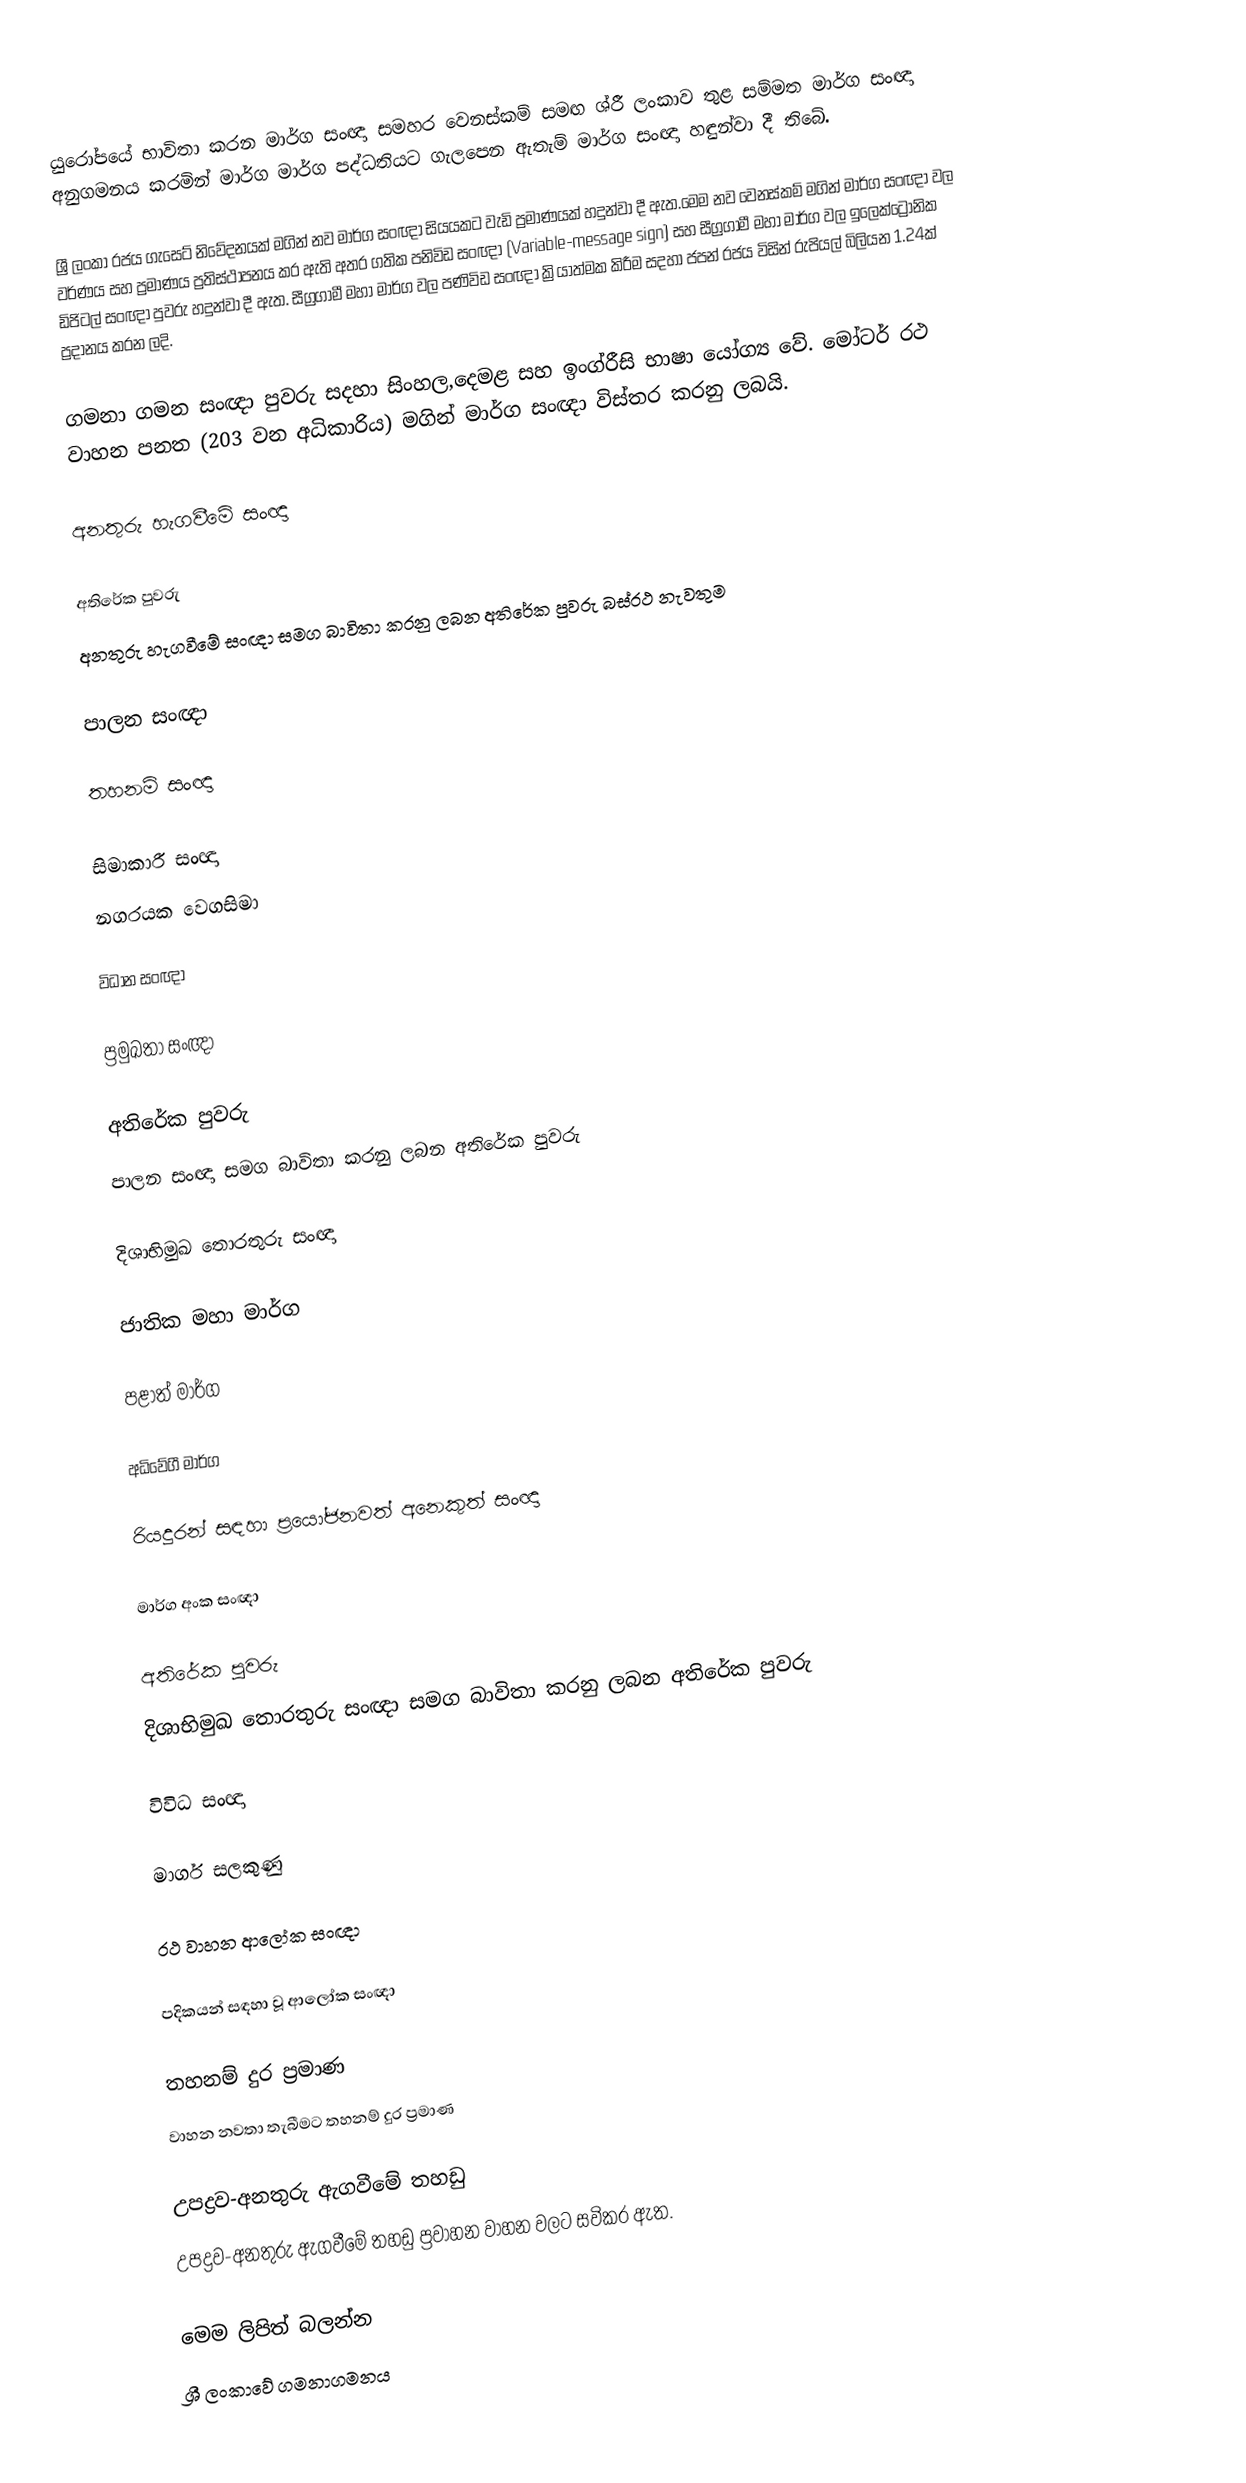
යුරෝපයේ භාවිතා කරන මාර්ග සංඥා සමහර වෙනස්කම් සමඟ ශ්රී ලංකාව තුළ සම්මත මාර්ග සංඥා අනුගමනය කරමින් මාර්ග මාර්ග පද්ධතියට ගැලපෙන ඇතැම් මාර්ග සංඥා හඳුන්වා දී තිබේ.

ශ්‍රී ලංකා රජය ගැසෙට් නිවේදනයක් මගින් නව මාර්ග සංඥා සියයකට වැඩි ප්‍රමාණයක් හදුන්වා දී ඇත.මෙම නව වෙනස්කම් මගින් මාර්ග සංඥා වල වර්ණය සහ ප්‍රමාණය ප්‍රතිස්ථාපනය කර ඇති අතර ගතික පනිවිඩ සංඥා (Variable-message sign) සහ සීග්‍රගාමී මහා මාර්ග වල ඉලෙක්ට්‍රොනික ඩිජිටල් සංඥා පුවරු  හදුන්වා දී ඇත. සීග්‍රගාමී මහා මාර්ග වල පණිවිඩ සංඥා ක්‍රියාත්මක කිරීම සදහා ජපන් රජය  විසින් රුපියල් බිලියන 1.24ක් ප්‍රදානය කරන ලදි.

ගමනා ගමන සංඥා පුවරු සදහා සිංහල,දෙමළ සහ ඉංග්රීසි  භාෂා යෝග්‍ය වේ. මෝටර් රථ වාහන පනත (203 වන අධිකාරිය) මගින් මාර්ග සංඥා විස්තර කරනු ලබයි.

අනතුරු හැගවීමේ සංඥා

අතිරේක පුවරු
අනතුරු හැගවීමේ සංඥා සමග බාවිතා කරනු ලබන අතිරේක පුවරු බස්රථ නැවතුම

පාලන සංඥා

තහනම් සංඥා

සිමාකාරී සංඥා
නගරයක වෙගසිමා

විධාන සංඥා

ප්‍රමුඛතා සංඥා

අතිරේක පුවරු
පාලන සංඥා සමග බාවිතා කරනු ලබන අතිරේක පුවරු

දිශාභිමුඛ තොරතුරු සංඥා

ජාතික මහා මාර්ග

පළාත් මාර්ග

අධිවේගී මාර්ග

රියදුරන් සඳහා ප්‍රයෝජනවත් අනෙකුත්  සංඥා

මාර්ග අංක  සංඥා

අතිරේක පුවරු
දිශාභිමුඛ තොරතුරු සංඥා සමග බාවිතා කරනු ලබන අතිරේක පුවරු

විවිධ සංඥා

මාර්ග සලකුණු

රථ වාහන ආලෝක සංඥා

පදිකයන් සඳහා වූ  ආලෝක සංඥා

තහනම් දුර ප්‍රමාණ
වාහන නවතා තැබීමට තහනම් දුර ප්‍රමාණ

උපද්‍රව-අනතුරු ඇගවීමේ තහඩු
උපද්‍රව-අනතුරු ඇගවීමේ තහඩු ප්‍රවාහන වාහන වලට සවිකර ඇත.

මෙම ලිපිත් බලන්න
 ශ්‍රී ලංකාවේ ගමනාගමනය